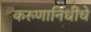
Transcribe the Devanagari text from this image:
करुणानिधींचे